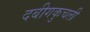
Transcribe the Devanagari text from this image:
दबीगकुचली